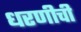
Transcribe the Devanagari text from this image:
धरणीची